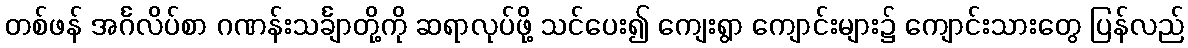
တစ်ဖန် အင်္ဂလိပ်စာ ဂဏန်းသင်္ချာတို့ကို ဆရာလုပ်ဖို့ သင်ပေး၍ ကျေးရွာ ကျောင်းများ၌ ကျောင်းသားတွေ ပြန်လည်